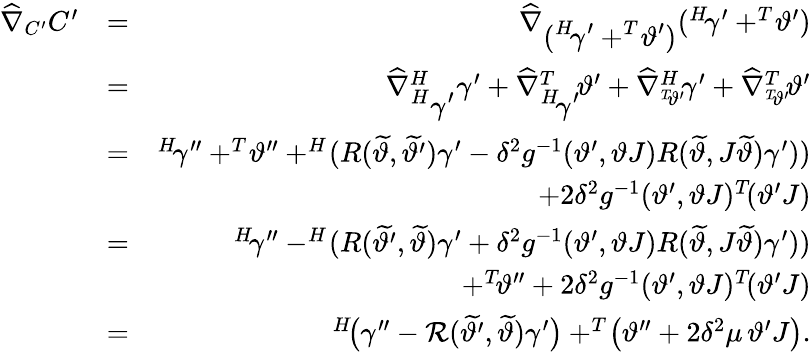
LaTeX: \begin{array}{rlr}{\widehat{\nabla}_{C^{\prime}}C^{\prime}}&{=}&{\widehat{\nabla}_{\displaystyle(^{H}\! \gamma^{\prime}+^{T}\! \vartheta^{\prime})}(^{H}\! \gamma^{\prime}+^{T}\! \vartheta^{\prime})}\\ &{=}&{\widehat{\nabla}_{\displaystyle^{H}\gamma^{\prime}}^{H}\gamma^{\prime}+\widehat{\nabla}_{\displaystyle^{H}\! \gamma^{\prime}}^{T}\! \vartheta^{\prime}+\widehat{\nabla}_{^{T}\! \vartheta^{\prime}}^{H}\! \gamma^{\prime}+\widehat{\nabla}_{^{T}\! \vartheta^{\prime}}^{T}\! \vartheta^{\prime}}\\ &{=}&{^{H}\! \gamma^{\prime\prime}+^{T}\! \vartheta^{\prime\prime}+^{H}\! (R(\widetilde{\vartheta},\widetilde{\vartheta^{\prime}})\gamma^{\prime}-\delta^{2}g^{-1}(\vartheta^{\prime},\vartheta J)R(\widetilde{\vartheta},J\widetilde{\vartheta})\gamma^{\prime}))}\\ &{}&{+2\delta^{2}g^{-1}(\vartheta^{\prime},\vartheta J)^{T}\! (\vartheta^{\prime}J)}\\ &{=}&{^{H}\! \gamma^{\prime\prime}-^{H}\! (R(\widetilde{\vartheta^{\prime}},\widetilde{\vartheta})\gamma^{\prime}+\delta^{2}g^{-1}(\vartheta^{\prime},\vartheta J)R(\widetilde{\vartheta},J\widetilde{\vartheta})\gamma^{\prime}))}\\ &{}&{+^{T}\! \vartheta^{\prime\prime}+2\delta^{2}g^{-1}(\vartheta^{\prime},\vartheta J)^{T}\! (\vartheta^{\prime}J)}\\ &{=}&{^{H}\! \big(\gamma^{\prime\prime}-\mathcal{R}(\widetilde{\vartheta^{\prime}},\widetilde{\vartheta})\gamma^{\prime}\big)+^{T}\! \big(\vartheta^{\prime\prime}+2\delta^{2}\mu\, \vartheta^{\prime}J\big).}\end{array}